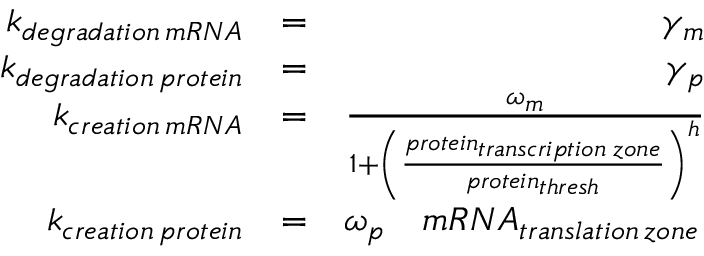
\begin{array} { r l r } { k _ { d e g r a d a t i o n \, m R N A } } & { = } & { \gamma _ { m } } \\ { k _ { d e g r a d a t i o n \, p r o t e i n } } & { = } & { \gamma _ { p } } \\ { k _ { c r e a t i o n \, m R N A } } & { = } & { \frac { \omega _ { m } } { 1 + \left( \frac { p r o t e i n _ { t r a n s c r i p t i o n \; z o n e } } { p r o t e i n _ { t h r e s h } } \right) ^ { h } } } \\ { k _ { c r e a t i o n \, p r o t e i n } } & { = } & { \omega _ { p } \quad { m R N A } _ { t r a n s l a t i o n \, z o n e } \, } \end{array}